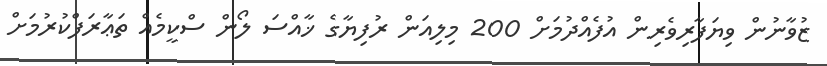
ޒުވާނުން ވިޔަފާރިވެރިން އުފެއްދުމަށް 200 މިލިއަން ރުފިޔާގެ ޚާއްސަ ލޯން ސްކީމެއް ތަޢާރަފްކުރުމަށް